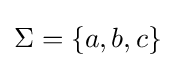
\Sigma =\left\{a,b,c\right\}